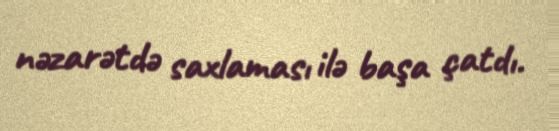
nəzarətdə saxlaması ilə başa çatdı.